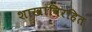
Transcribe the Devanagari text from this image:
शाखाविरहित